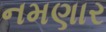
નમણાર